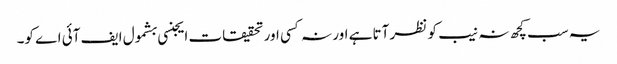
یہ سب کچھ نہ نیب کو نظر آتا ہے اور نہ کسی اور تحقیقات ایجنسی بشمول ایف آئی اے کو۔